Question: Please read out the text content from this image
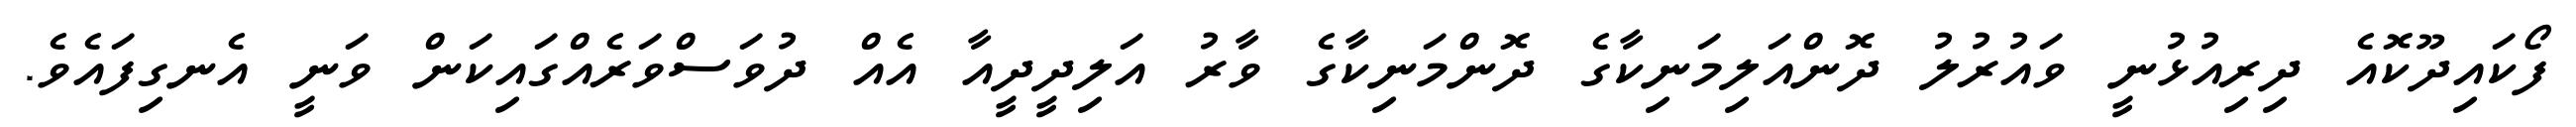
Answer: ފޯކައިދޫކޮއެ ދިރިއުޅުނީ ވައުރުލު ދޮންއަލިމަނިކާގެ ދޮންމަނިކާގެ ވާރު އަލިދީދީއާ އެއް ދުވަސްވަރެއްގައިކަން ވަނީ އެނގިފައެވެ.